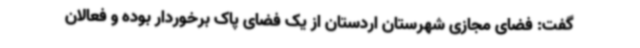
گفت: فضای مجازی شهرستان اردستان از یک فضای پاک برخوردار بوده و فعالان